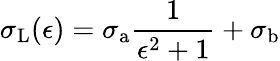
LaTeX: \sigma_{\mathrm{L}}(\epsilon)=\sigma_{\mathrm{a}}\frac{1}{\epsilon^{2}+1}+\sigma_{\mathrm{b}}